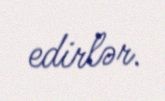
edirlər.